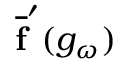
\overline { { \mathbf { f } } } ^ { \prime } ( g _ { \omega } )